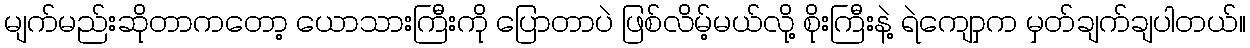
မျက်မည်းဆိုတာကတော့ ယောသားကြီးကို ပြောတာပဲ ဖြစ်လိမ့်မယ်လို့ စိုးကြီးနဲ့ ရဲကျောှက မှတ်ချက်ချပါတယ်။